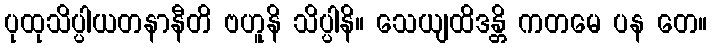
ပုထုသိပ္ပါယတနာနီတိ ဗဟူနိ သိပ္ပါနိ။ သေယျထိဒန္တိ ကတမေ ပန တေ။